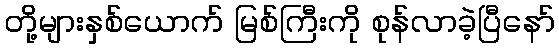
တို့များနှစ်ယောက် မြစ်ကြီးကို စုန်လာခဲ့ပြီနော်